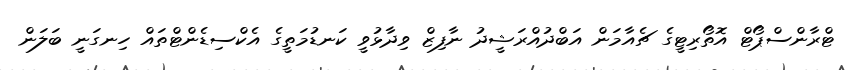
ޓްރާންސްޕޯޓް އޮތޯރިޓީގެ ޗެއާމަން އަބްދުއްރަޝީދު ނާފިޒް ވިދާޅުވީ ކަނޑުމަތީގެ އެކްސިޑެންޓްތައް ހިނގަނީ ބަލަން